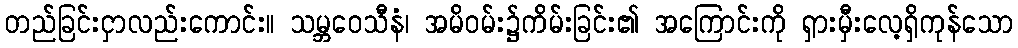
တည်ခြင်းငှာလည်းကောင်း။ သမ္ဘဝေသီနံ၊ အမိဝမ်း၌ကိမ်းခြင်း၏ အကြောင်းကို ရှားမှီးလေ့ရှိကုန်သော